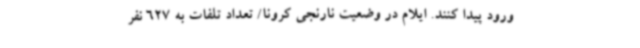
ورود پیدا کنند. ایلام در وضعیت نارنجی کرونا/ تعداد تلفات به 627 نفر